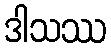
ဒါသဿ